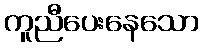
ကူညီပေးနေသော